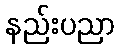
နည်းပညာ